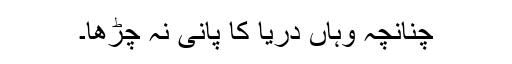
چنانچہ وہاں دریا کا پانی نہ چڑھا۔